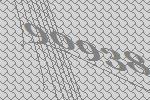
90938